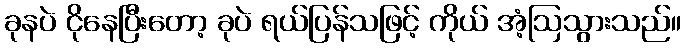
ခုနပဲ ငိုနေပြီးတော့ ခုပဲ ရယ်ပြန်သဖြင့် ကိုယ် အံ့ဩသွားသည်။